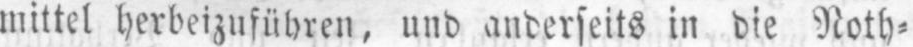
mittel herbeizuführen, und anderseits in die Noth⸗